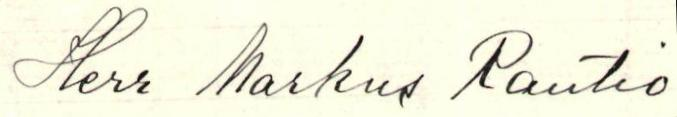
Herr Markus Rautio